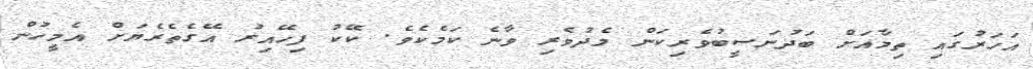
އަހަރުގައި ތިމާއަށް ބަދުނަސީބުވެރިކަން މެދުވެރި ވާނެ ކަމެކެވެ. ކޭކު ފިހޭއިރު އޭގެތެރެޔަށް އެމީހުން